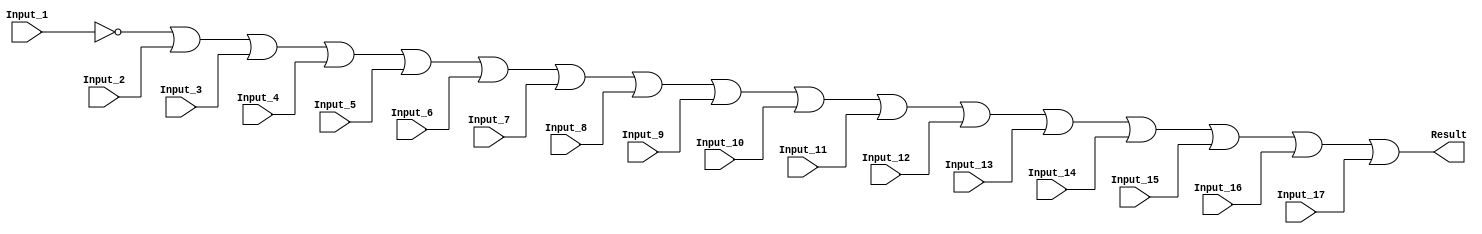
/******************************************************************************
 ** Logisim goes FPGA automatic generated Verilog code                       **
 **                                                                          **
 ** Component : OR_GATE_17_INPUTS                                            **
 **                                                                          **
 ******************************************************************************/

`timescale 1ns/1ps
module OR_GATE_17_INPUTS( Input_1,
                          Input_10,
                          Input_11,
                          Input_12,
                          Input_13,
                          Input_14,
                          Input_15,
                          Input_16,
                          Input_17,
                          Input_2,
                          Input_3,
                          Input_4,
                          Input_5,
                          Input_6,
                          Input_7,
                          Input_8,
                          Input_9,
                          Result);

   /***************************************************************************
    ** Here all module parameters are defined with a dummy value             **
    ***************************************************************************/
   parameter BubblesMask = 1;


   /***************************************************************************
    ** Here the inputs are defined                                           **
    ***************************************************************************/
   input  Input_1;
   input  Input_10;
   input  Input_11;
   input  Input_12;
   input  Input_13;
   input  Input_14;
   input  Input_15;
   input  Input_16;
   input  Input_17;
   input  Input_2;
   input  Input_3;
   input  Input_4;
   input  Input_5;
   input  Input_6;
   input  Input_7;
   input  Input_8;
   input  Input_9;

   /***************************************************************************
    ** Here the outputs are defined                                          **
    ***************************************************************************/
   output Result;

   /***************************************************************************
    ** Here the internal wires are defined                                   **
    ***************************************************************************/
   wire s_real_input_1;
   wire s_real_input_10;
   wire s_real_input_11;
   wire s_real_input_12;
   wire s_real_input_13;
   wire s_real_input_14;
   wire s_real_input_15;
   wire s_real_input_16;
   wire s_real_input_17;
   wire s_real_input_2;
   wire s_real_input_3;
   wire s_real_input_4;
   wire s_real_input_5;
   wire s_real_input_6;
   wire s_real_input_7;
   wire s_real_input_8;
   wire s_real_input_9;
   wire[16:0] s_signal_invert_mask;


   /***************************************************************************
    ** Here the bubbles are processed                                        **
    ***************************************************************************/
   assign s_signal_invert_mask = BubblesMask;
   assign s_real_input_1 = (s_signal_invert_mask[0]) ? ~Input_1: Input_1;
   assign s_real_input_2 = (s_signal_invert_mask[1]) ? ~Input_2: Input_2;
   assign s_real_input_3 = (s_signal_invert_mask[2]) ? ~Input_3: Input_3;
   assign s_real_input_4 = (s_signal_invert_mask[3]) ? ~Input_4: Input_4;
   assign s_real_input_5 = (s_signal_invert_mask[4]) ? ~Input_5: Input_5;
   assign s_real_input_6 = (s_signal_invert_mask[5]) ? ~Input_6: Input_6;
   assign s_real_input_7 = (s_signal_invert_mask[6]) ? ~Input_7: Input_7;
   assign s_real_input_8 = (s_signal_invert_mask[7]) ? ~Input_8: Input_8;
   assign s_real_input_9 = (s_signal_invert_mask[8]) ? ~Input_9: Input_9;
   assign s_real_input_10 = (s_signal_invert_mask[9]) ? ~Input_10: Input_10;
   assign s_real_input_11 = (s_signal_invert_mask[10]) ? ~Input_11: Input_11;
   assign s_real_input_12 = (s_signal_invert_mask[11]) ? ~Input_12: Input_12;
   assign s_real_input_13 = (s_signal_invert_mask[12]) ? ~Input_13: Input_13;
   assign s_real_input_14 = (s_signal_invert_mask[13]) ? ~Input_14: Input_14;
   assign s_real_input_15 = (s_signal_invert_mask[14]) ? ~Input_15: Input_15;
   assign s_real_input_16 = (s_signal_invert_mask[15]) ? ~Input_16: Input_16;
   assign s_real_input_17 = (s_signal_invert_mask[16]) ? ~Input_17: Input_17;

   /***************************************************************************
    ** Here the functionality is defined                                     **
    ***************************************************************************/
   assign Result = s_real_input_1 |
                   s_real_input_2 |
                   s_real_input_3 |
                   s_real_input_4 |
                   s_real_input_5 |
                   s_real_input_6 |
                   s_real_input_7 |
                   s_real_input_8 |
                   s_real_input_9 |
                   s_real_input_10 |
                   s_real_input_11 |
                   s_real_input_12 |
                   s_real_input_13 |
                   s_real_input_14 |
                   s_real_input_15 |
                   s_real_input_16 |
                   s_real_input_17;


endmodule